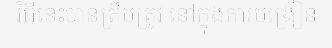
វិធីនេះបានត្រឹមត្រូវ នៅក្នុងការបង្រៀន